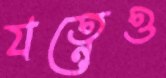
যত্নেও